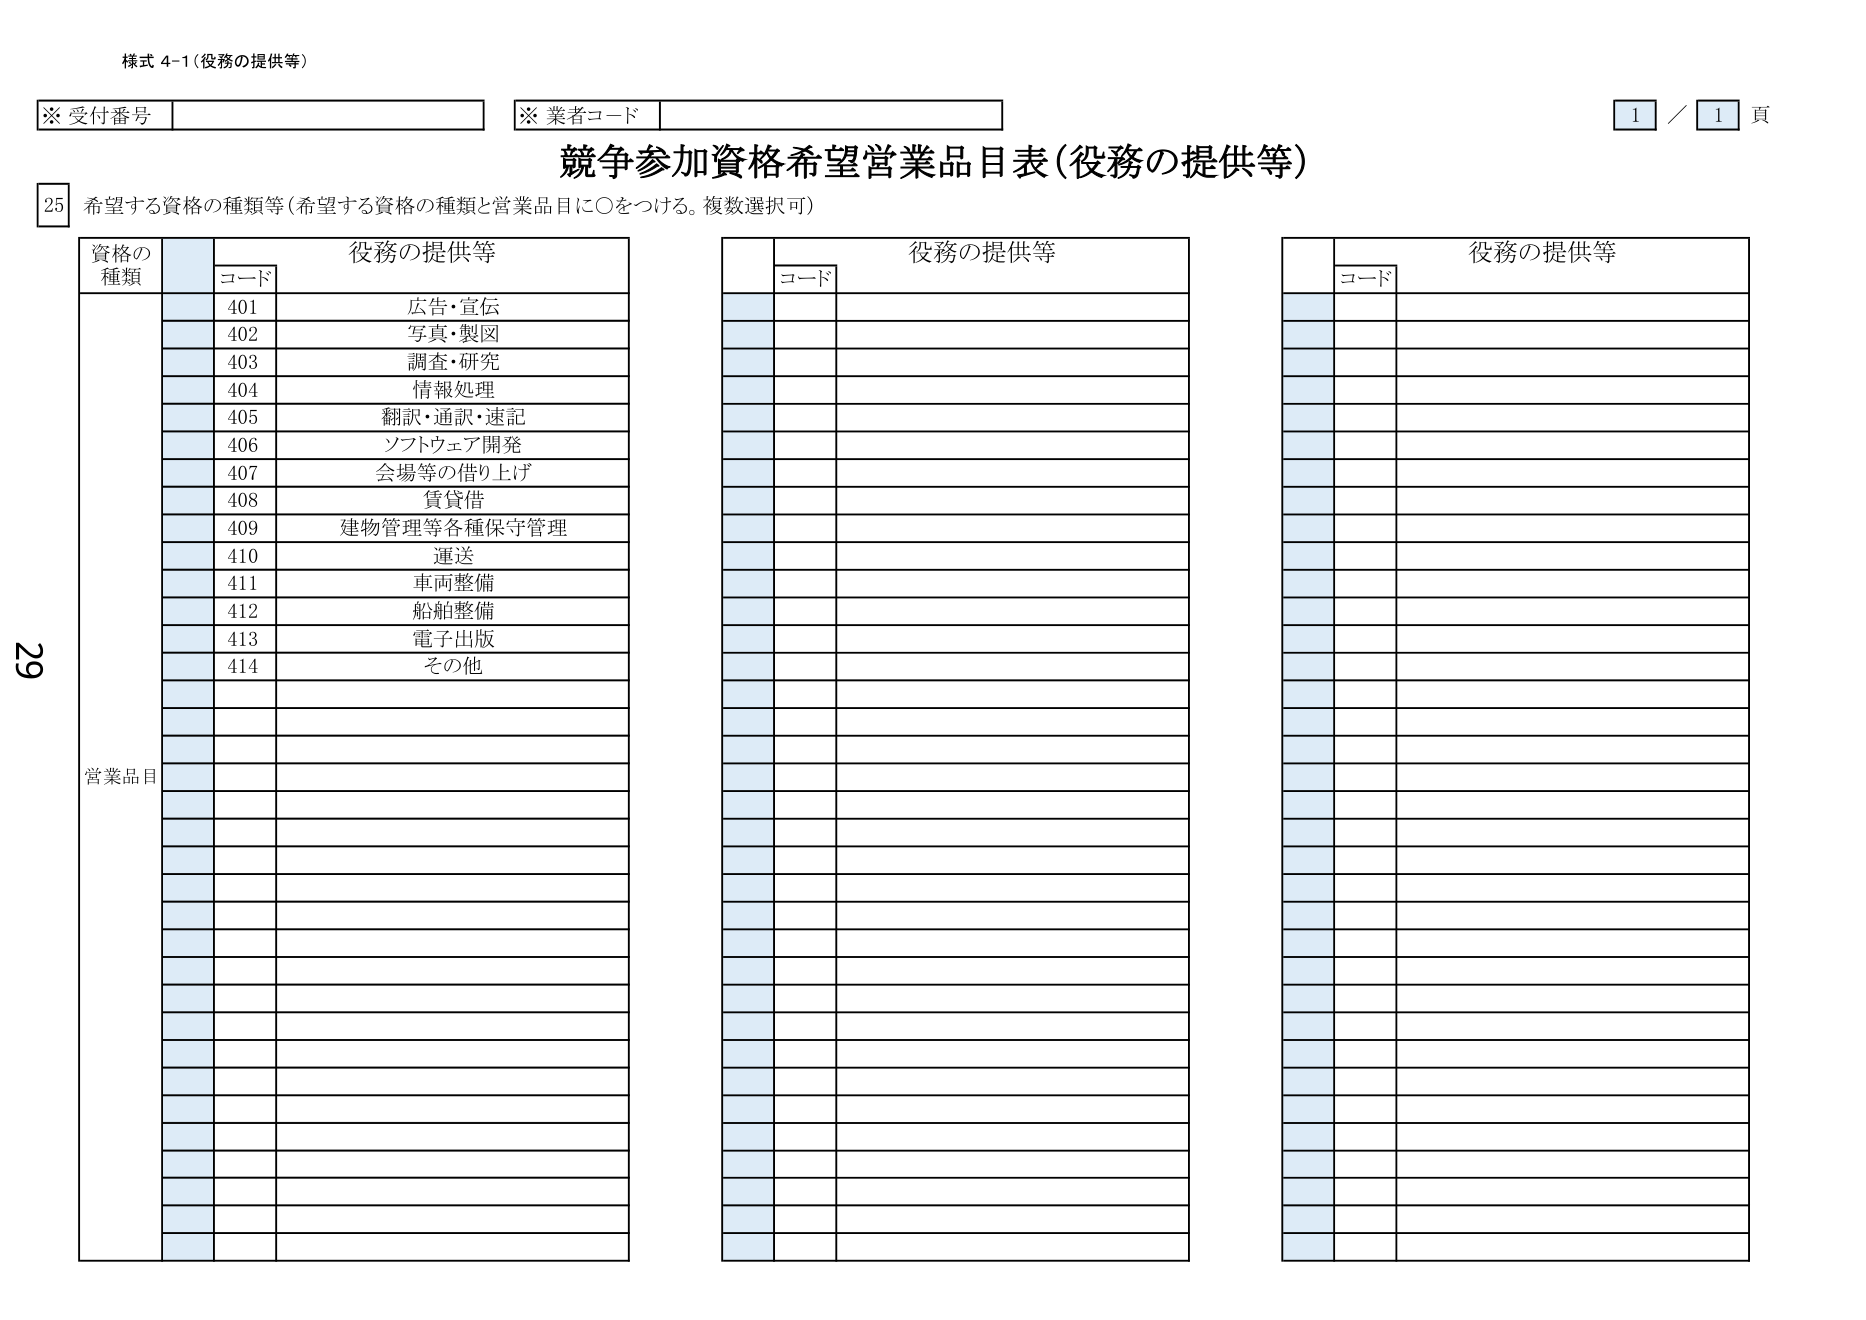
様式 4-1（役務の提供等）

※ 受付番号
※ 業者コード
1 / 1 頁

競争参加資格希望営業品目表（役務の提供等）

25 希望する資格の種類等（希望する資格の種類と営業品目に○をつける。複数選択可）

資格の
種類
コード
役務の提供等

401 広告・宣伝
402 写真・製図
403 調査・研究
404 情報処理
405 翻訳・通訳・速記
406 ソフトウェア開発
407 会場等の借り上げ
408 賃貸借
409 建物管理等各種保守管理
410 運送
411 車両整備
412 船舶整備
413 電子出版
414 その他

営業品目

役務の提供等
コード

役務の提供等
コード

29